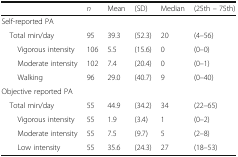
<table><thead><tr><td></td><td><b><i>n</i></b></td><td><b>Mean</b></td><td><b>(SD)</b></td><td><b>Median</b></td><td><b>(25th – 75th)</b></td></tr></thead><tbody><tr><td colspan="6">Self-reported PA</td></tr><tr><td> Total min/day</td><td>95</td><td>39.3</td><td>(52.3)</td><td>20</td><td>(4–56)</td></tr><tr><td>Vigorous intensity</td><td>106</td><td>5.5</td><td>(15.6)</td><td>0</td><td>(0–0)</td></tr><tr><td>Moderate intensity</td><td>102</td><td>7.4</td><td>(20.4)</td><td>0</td><td>(0–1)</td></tr><tr><td>Walking</td><td>96</td><td>29.0</td><td>(40.7)</td><td>9</td><td>(0–40)</td></tr><tr><td colspan="6">Objective reported PA</td></tr><tr><td> Total min/day</td><td>55</td><td>44.9</td><td>(34.2)</td><td>34</td><td>(22–65)</td></tr><tr><td>Vigorous intensity</td><td>55</td><td>1.9</td><td>(3.4)</td><td>1</td><td>(0–2)</td></tr><tr><td>Moderate intensity</td><td>55</td><td>7.5</td><td>(9.7)</td><td>5</td><td>(2–8)</td></tr><tr><td>Low intensity</td><td>55</td><td>35.6</td><td>(24.3)</td><td>27</td><td>(18–53)</td></tr></tbody></table>